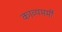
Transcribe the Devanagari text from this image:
काव्यमर्मी